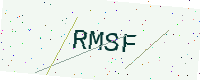
Text: RMSF